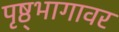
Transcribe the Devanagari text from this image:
पृष्ठ्भागावर